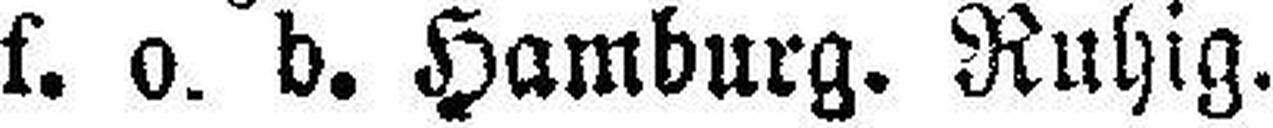
s. o. b. Hamburg. Ruhig.